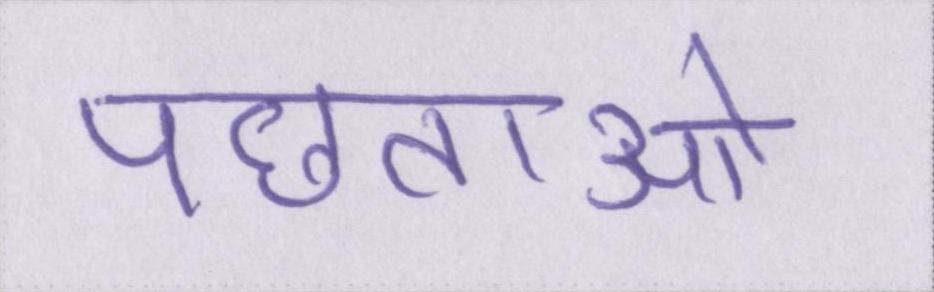
पछताओ